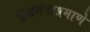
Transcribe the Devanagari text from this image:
युद्धतंत्राप्रमाणे